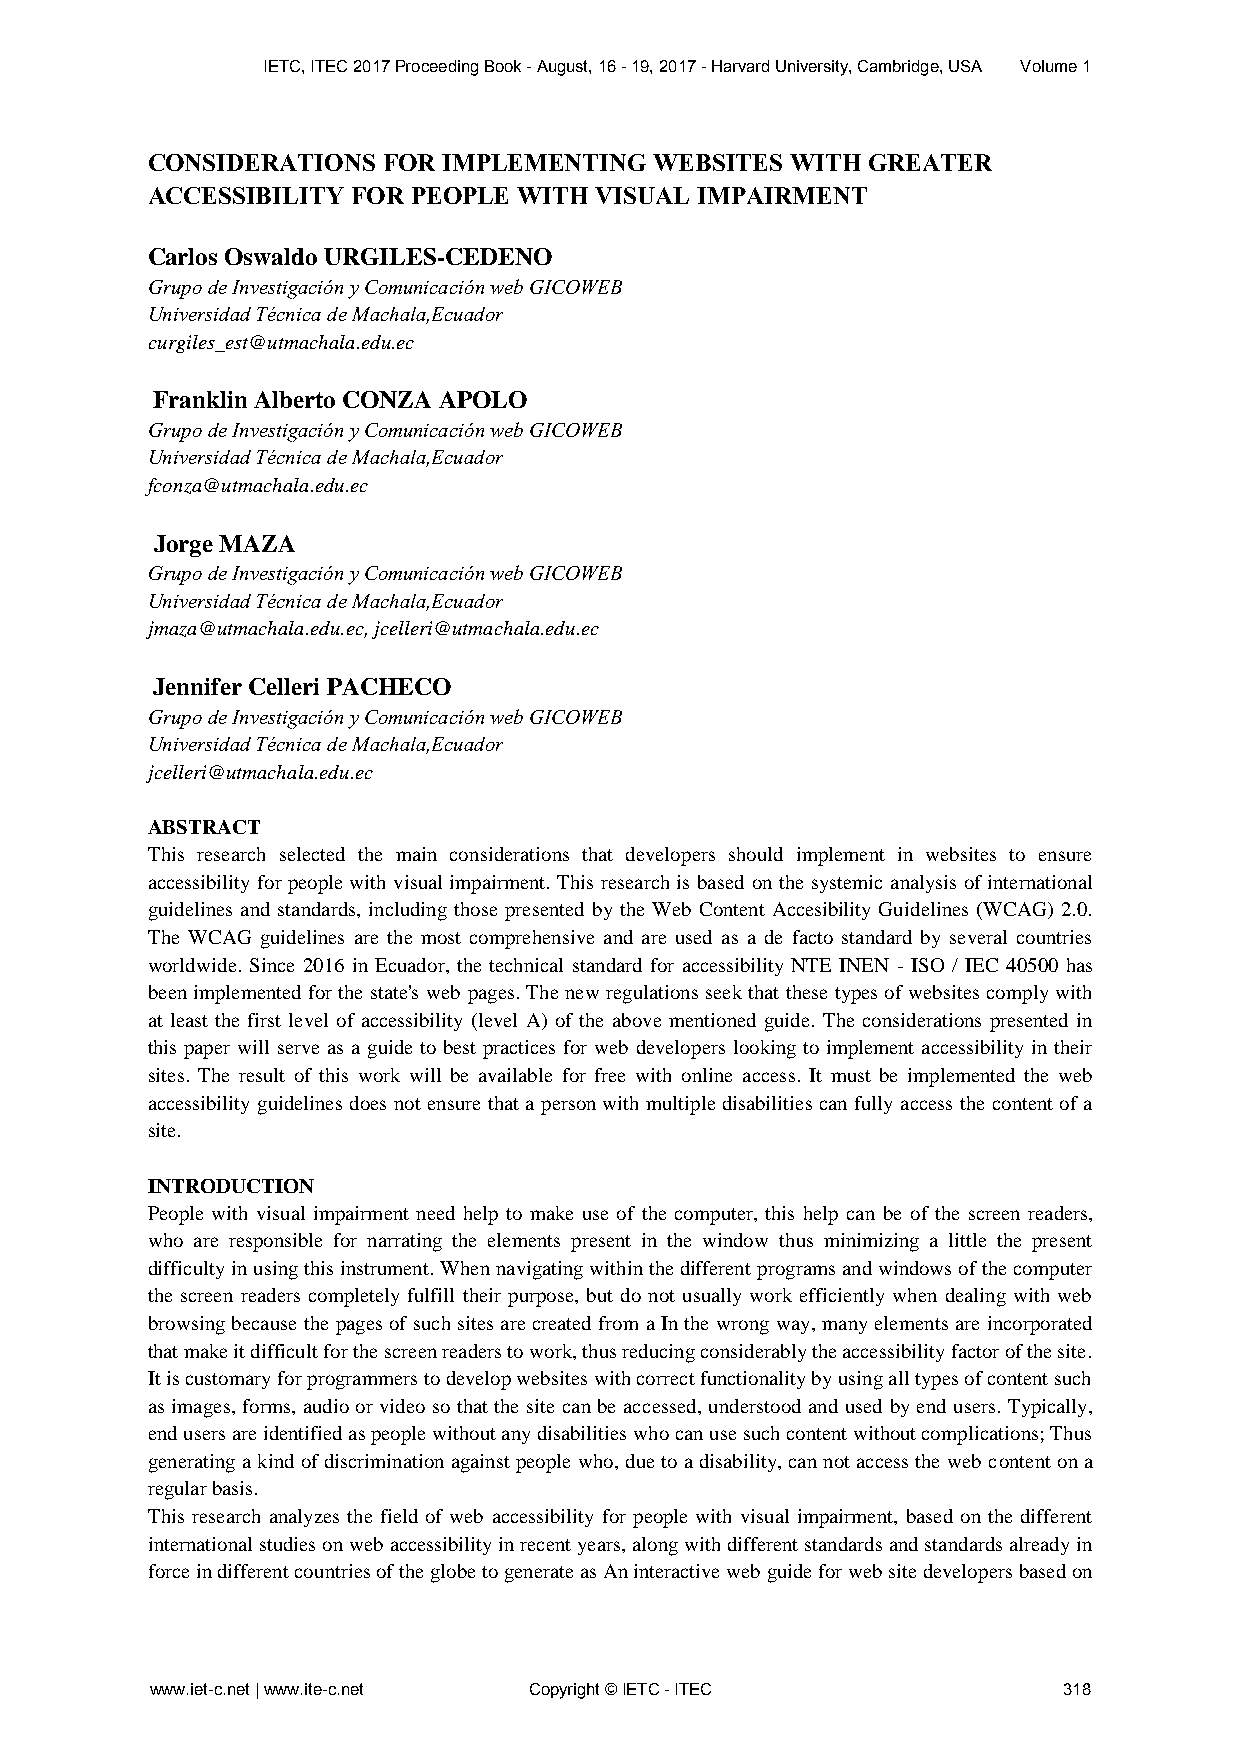
IETC, ITEC 2017 Proceeding Book - August, 16 - 19, 2017 - Harvard University, Cambridge, USA Volume 1
 CONSIDERATIONS FOR IMPLEMENTING  WEBSITES WITH GREATER
 ACCESSIBILITY FOR PEOPLE WITH VISUAL IMPAIRMENT
 Carlos Oswaldo URGILES-CEDENO
 Grupo de Investigación y Comunicación web GICOWEB
 Universidad Técnica de Machala,Ecuador
 curgiles_est@utmachala.edu.ec
 Franklin Alberto CONZA APOLO
 Grupo de Investigación y Comunicación web GICOWEB
 Universidad Técnica de Machala,Ecuador
 fconza@utmachala.edu.ec
 Jorge MAZA
 Grupo de Investigación y Comunicación web GICOWEB
 Universidad Técnica de Machala,Ecuador
 jmaza@utmachala.edu.ec, jcelleri@utmachala.edu.ec
 Jennifer Celleri PACHECO
 Grupo de Investigación y Comunicación web GICOWEB
 Universidad Técnica de Machala,Ecuador
 jcelleri@utmachala.edu.ec
 ABSTRACT
 This research selected the main considerations that developers should implement in websites to ensure
 accessibility for people with visual impairment. This research is based on the systemic analysis of international
 guidelines and standards, including those presented by the Web Content Accesibility Guidelines (WCAG) 2.0.
 The WCAG guidelines are the most comprehensive and are used as a de facto standard by several countries
 worldwide. Since 2016 in Ecuador, the technical standard for accessibility NTE INEN - ISO / IEC 40500 has
 been implemented for the state's web pages. The new regulations seek that these types of websites comply with
 at least the first level of accessibility (level A) of the above mentioned guide. The considerations presented in
 this paper will serve as a guide to best practices for web developers looking to implement accessibility in their
 sites. The result of this work will be available for free with online access. It must be implemented the web
 accessibility guidelines does not ensure that a person with multiple disabilities can fully access the content of a
 site.
 INTRODUCTION
 People with visual impairment need help to make use of the computer, this help can be of the screen readers,
 who are responsible for narrating the elements present in the window thus minimizing a little the present
 difficulty in using this instrument. When navigating within the different programs and windows of the computer
 the screen readers completely fulfill their purpose, but do not usually work efficiently when dealing with web
 browsing because the pages of such sites are created from a In the wrong way, many elements are incorporated
 that make it difficult for the screen readers to work, thus reducing considerably the accessibility factor of the site.
 It is customary for programmers to develop websites with correct functionality by using all types of content such
 as images, forms, audio or video so that the site can be accessed, understood and used by end users. Typically,
 end users are identified as people without any disabilities who can use such content without complications; Thus
 generating a kind of discrimination against people who, due to a disability, can not access the web content on a
 regular basis.
 This research analyzes the field of web accessibility for people with visual impairment, based on the different
 international studies on web accessibility in recent years, along with different standards and standards already in
 force in different countries of the globe to generate as An interactive web guide for web site developers based on
 www.iet-c.net | www.ite-c.net Copyright © IETC - ITEC       318